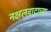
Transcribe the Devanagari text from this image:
नक्षलवादाच्या